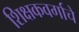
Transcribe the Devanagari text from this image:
शिक्षकवर्गाचे